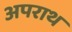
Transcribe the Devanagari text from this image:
अपराथ